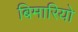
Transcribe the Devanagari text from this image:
बिमारियो